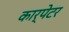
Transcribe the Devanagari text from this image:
कार्पेटर